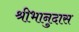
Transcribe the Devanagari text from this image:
श्रीभानुदास